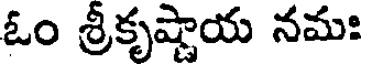
ఓం శ్రీకృష్ణాయ నమః